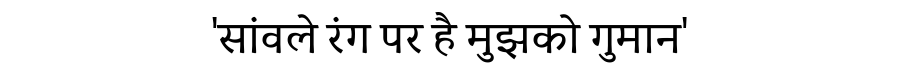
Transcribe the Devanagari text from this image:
'सांवले रंग पर है मुझको गुमान'